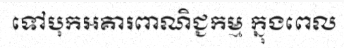
ទៅបុកអគារពាណិជ្ជកម្ម ក្នុងពេល